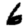
Digit: 6